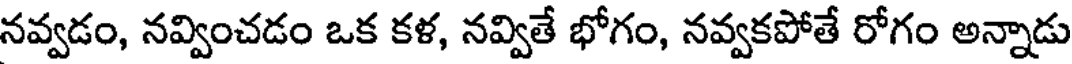
నవ్వడం, నవ్వించడం ఒక కళ, నవ్వితే భోగం, నవ్వకపోతే రోగం అన్నాడు